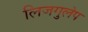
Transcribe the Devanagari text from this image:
लिजगुलेप